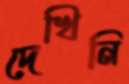
দেখিনি